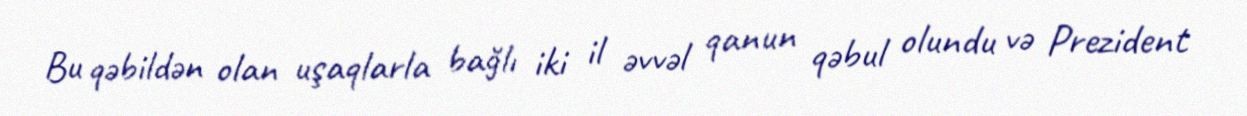
Bu qəbildən olan uşaqlarla bağlı iki il əvvəl qanun qəbul olundu və Prezident